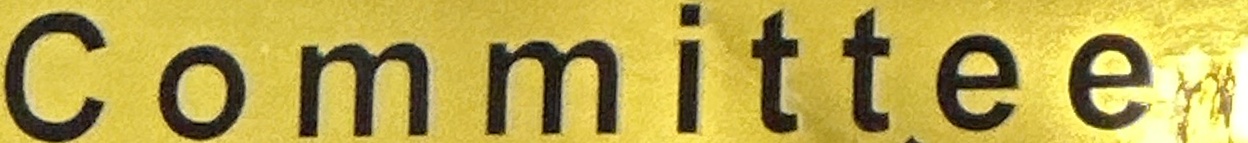
Committee